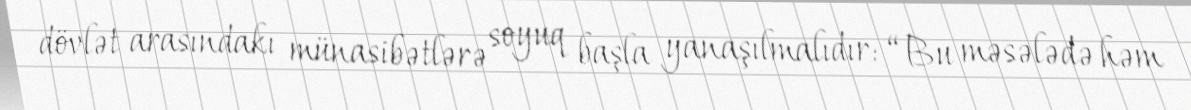
dövlət arasındakı münasibətlərə soyuq başla yanaşılmalıdır: “Bu məsələdə həm